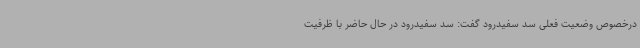
درخصوص وضعیت فعلی سد سفیدرود گفت: سد سفیدرود در حال حاضر با ظرفیت